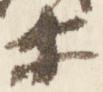
等